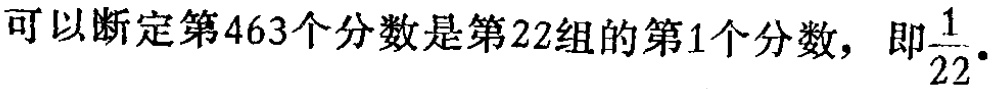
可以断定第463个分数是第22组的第1个分数，即$\frac{1}{22}$.